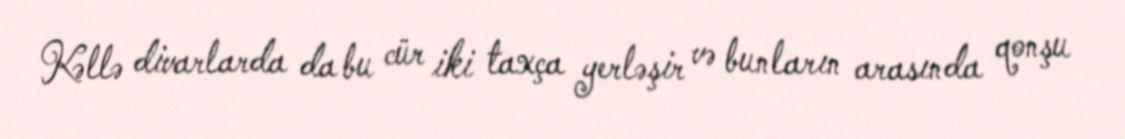
Kəllə divarlarda da bu cür iki taxça yerləşir və bunların arasında qonşu